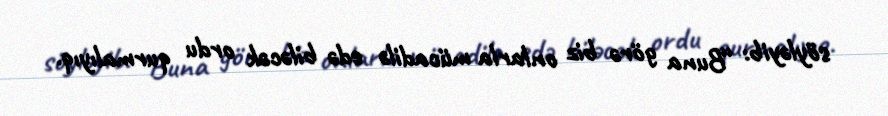
söyləyib: “Buna görə biz onlarla mücadilə edə biləcək ordu qurmalıyıq.